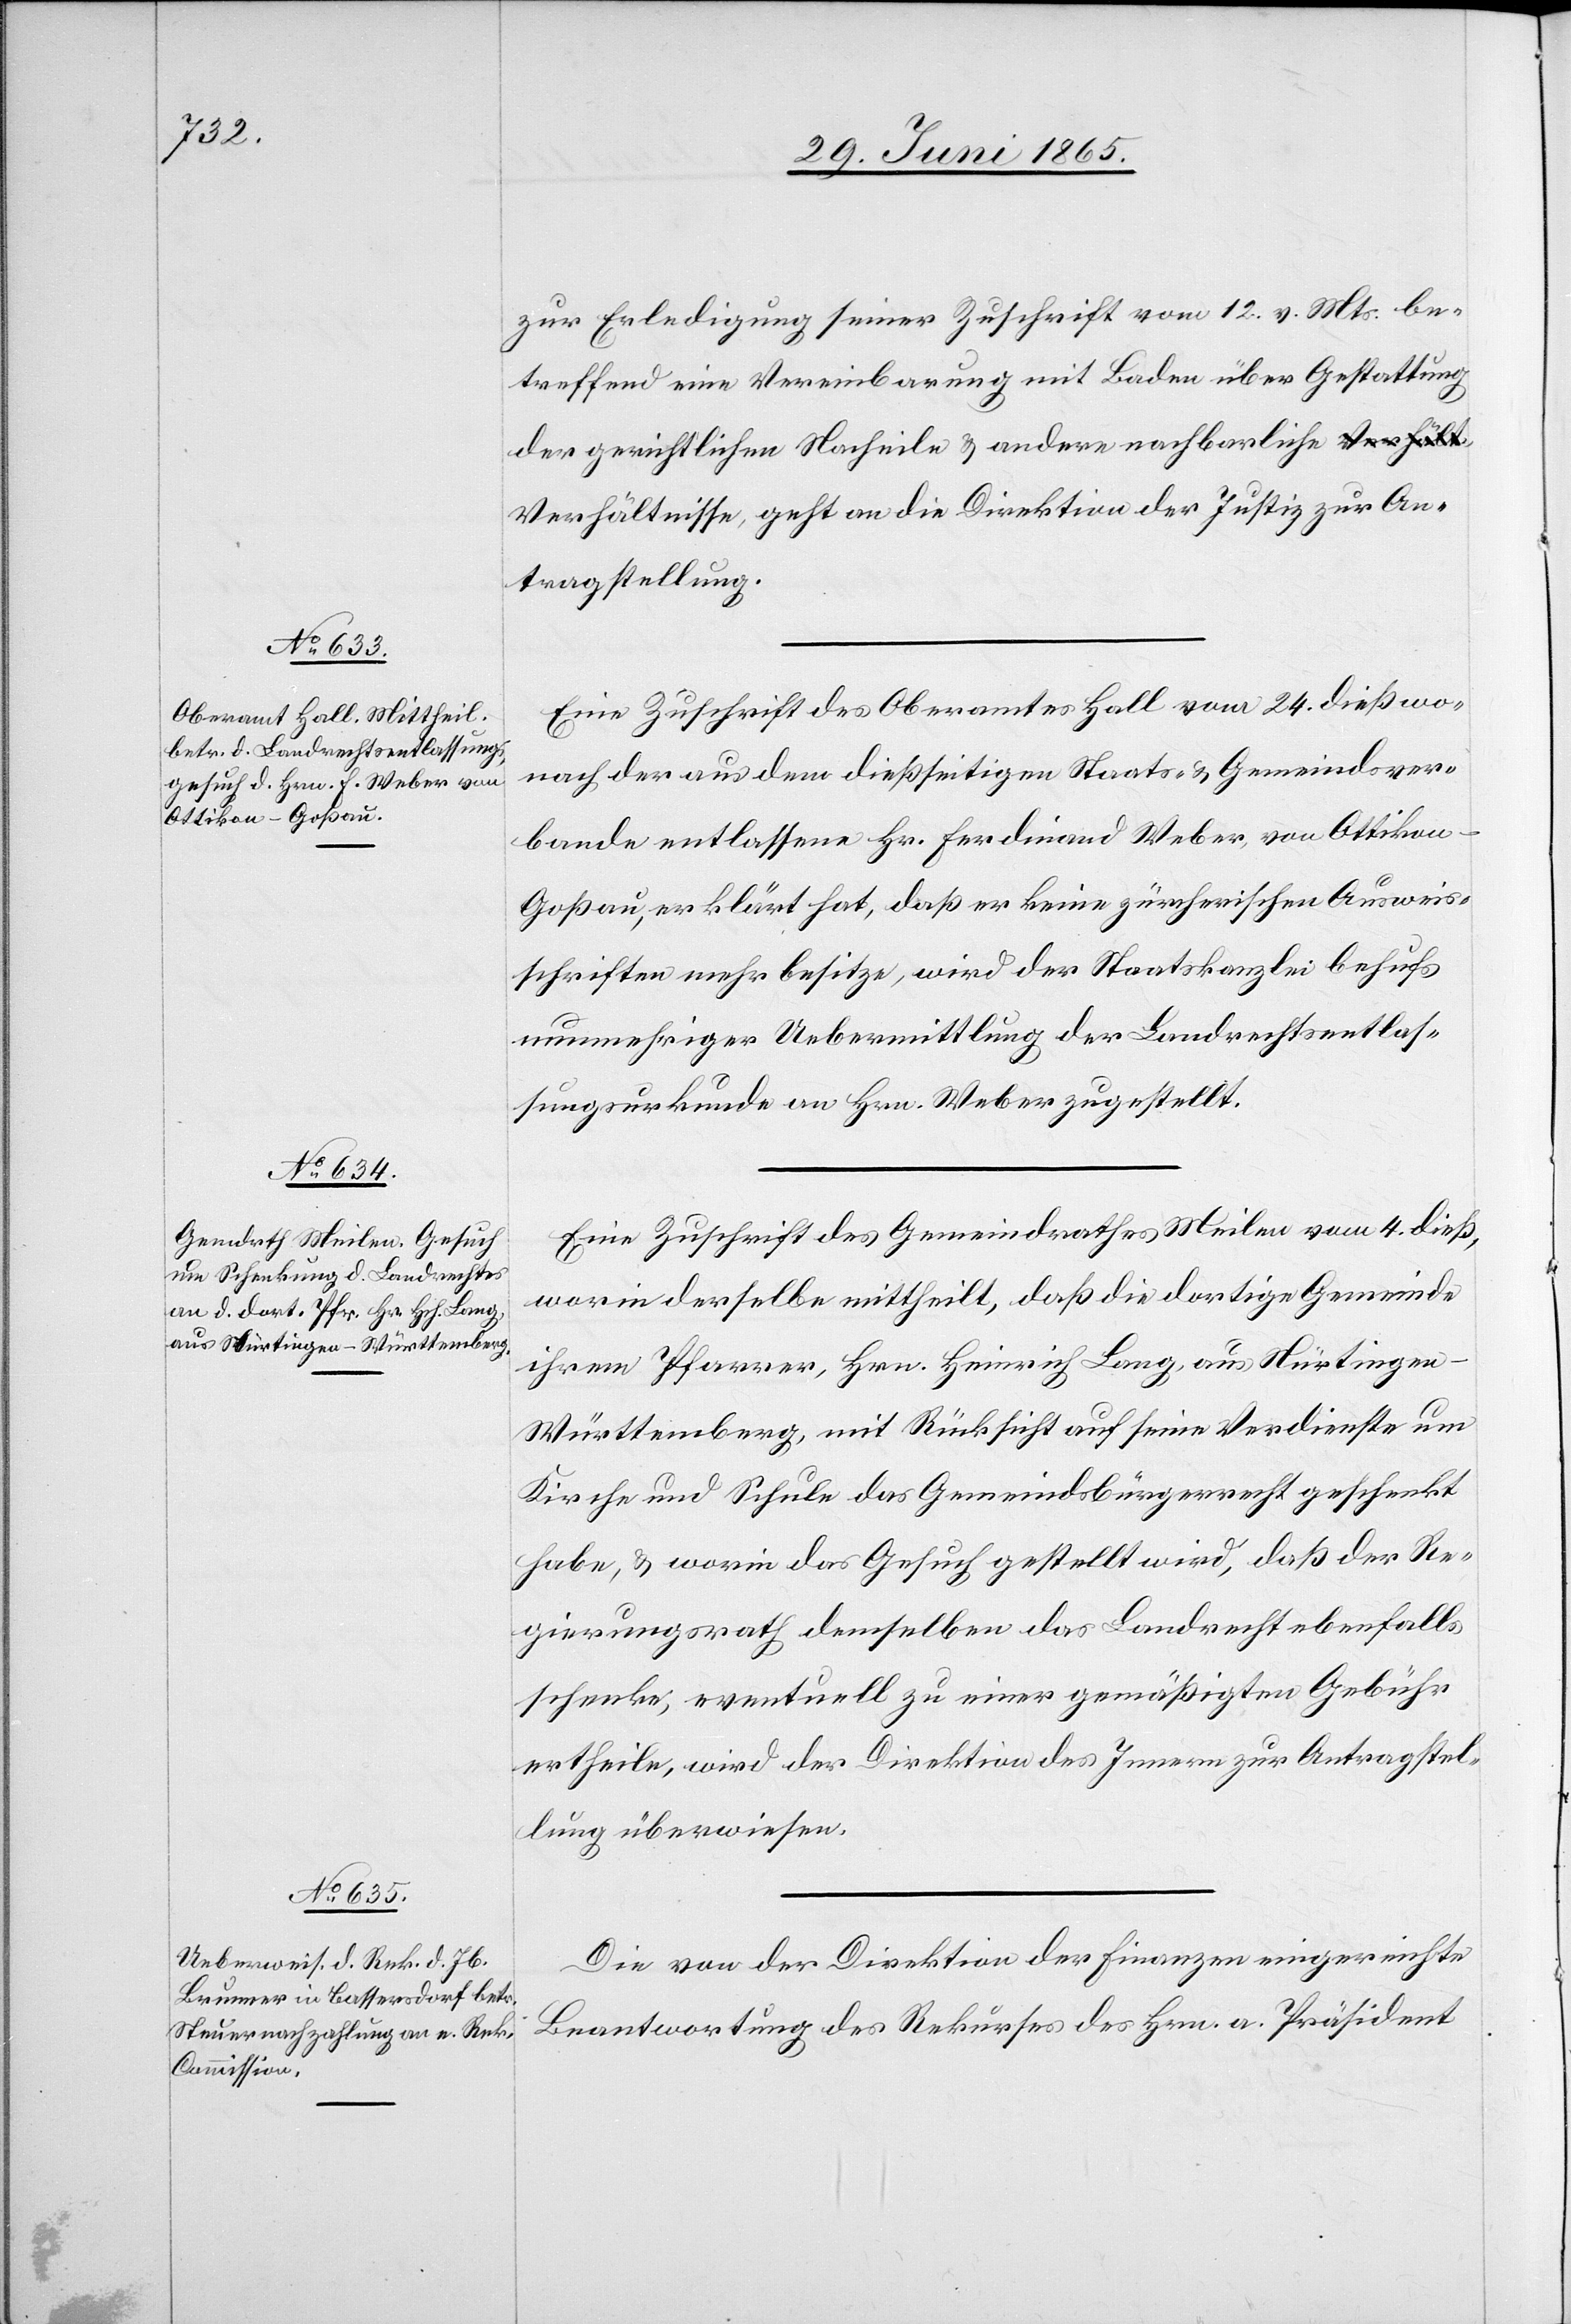
nisse,

29. Juni 1865.]
zur Erledigung seiner Zuschrift vom 12. v. Mts. be¬
treffend eine Vereinbarung mit Baden über Gestattung
der gerichtlichen Nacheile & andere nachbarliche Verhält¬
Antragstellung.
Eine Zuschrift des Oberamtes Hall vom 24. dieß wo¬
nach der aus dem dießseitigen Staats- & Gemeindsver¬
bande entlassene Hr. Ferdinand Weber, von Ottikon-G¬
oßau, erklärt hat, daß er keine zürcherischen Ausweis¬
schriften mehr besitze, wird der Staatskanzlei behufs
nunmehriger Uebermittlung der Landrechtsentlas¬
sungsurkunde an Hrn. Weber zugestellt.
Eine Zuschrift des Gemeindrathes Meilen vom 4. dieß,
worin derselbe mittheilt, daß die dortige Gemeinde
ihrem Pfarrer, Hrn. Heinrich Lang, aus Nürtingen-W¬
ürttemberg, mit Rücksicht auf seine Verdienste um
Kirche und Schule das Gemeindsbürgerrecht geschenkt
habe, & worin das Gesuch gestellt wird, daß der Re¬
gierungsrath demselben das Landrecht ebenfalls
schenke, eventuell zu einer gemäßigten Gebühr
ertheile, wird der Direktion des Innern zur Antragstel¬
lung überwiesen.
Die von der Direktion der Finanzen eingereichte
Beantwortung des Rekurses des Hrn. a. Präsident